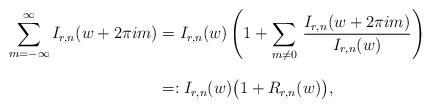
LaTeX: \begin{align*}\sum_{m=-\infty}^\infty I_{r,n} (w+2\pi im)& = I_{r,n} (w) \left( 1 + \sum_{m\not= 0} \, \frac{I_{r,n} (w+2\pi im)}{I_{r,n} (w)}\right) \\*[0.3cm]& =: I_{r,n} (w) \big( 1 + R_{r,n} (w)\big),\end{align*}